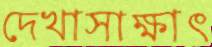
দেখাসাক্ষাৎ